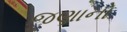
જણાનો